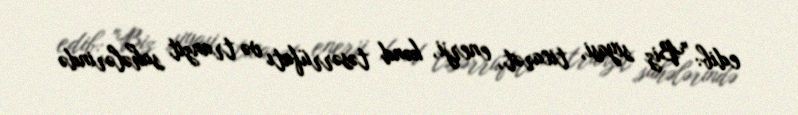
edib: "Biz siyasi, ticarət, enerji, kənd təsərrüfatı və tranzit sahələrində